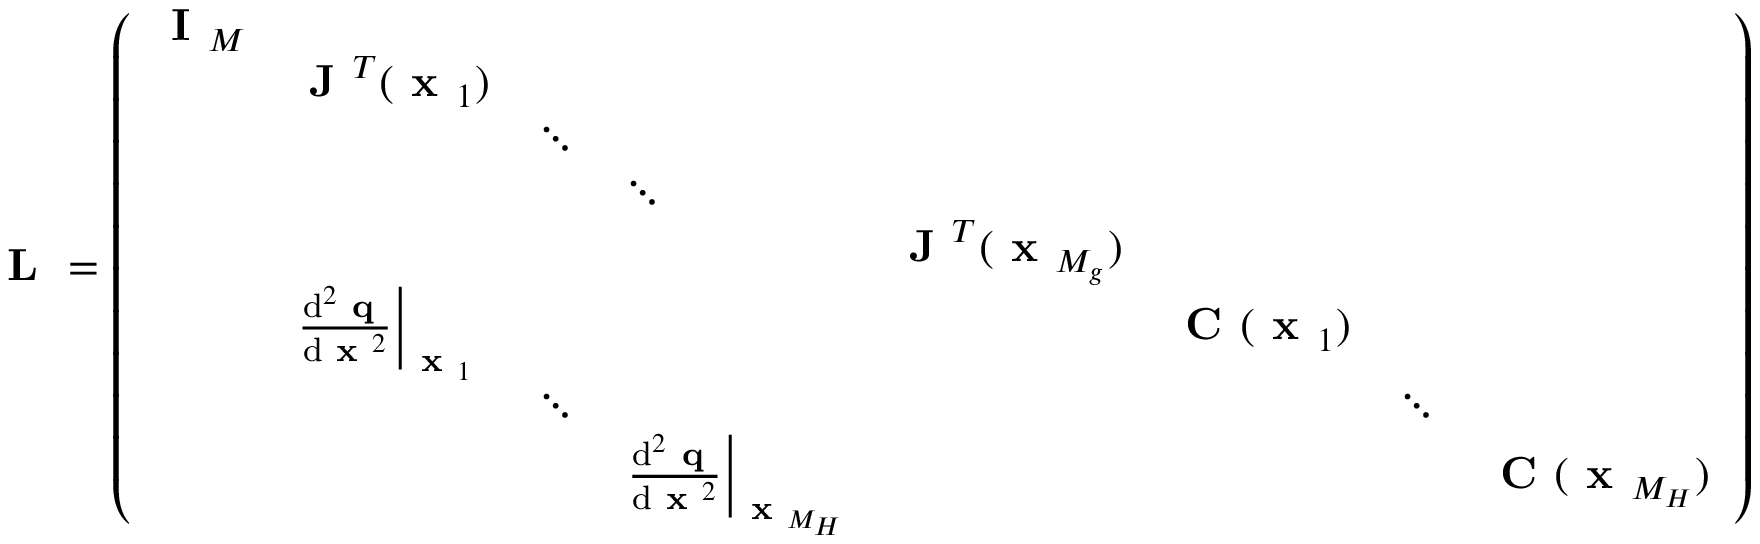
\textbf { L } = \left( \begin{array} { l l l l l l l l } { \textbf { I } _ { M } } & & & & & & & \\ & { \textbf { J } ^ { T } ( \textbf { x } _ { 1 } ) } & & & & & & \\ & & { \ddots } & & & & & \\ & & & { \ddots } & & & & \\ & & & & { \textbf { J } ^ { T } ( \textbf { x } _ { M _ { g } } ) } & & & \\ & { \left. \frac { \mathrm { d } ^ { 2 } \textbf { q } } { \mathrm { d } \textbf { x } ^ { 2 } } \right| _ { \textbf { x } _ { 1 } } } & & & & { \textbf { C } ( \textbf { x } _ { 1 } ) } & & \\ & & { \ddots } & & & & { \ddots } & \\ & & & { \left. \frac { \mathrm { d } ^ { 2 } \textbf { q } } { \mathrm { d } \textbf { x } ^ { 2 } } \right| _ { \textbf { x } _ { M _ { H } } } } & & & & { \textbf { C } ( \textbf { x } _ { M _ { H } } ) } \end{array} \right)